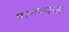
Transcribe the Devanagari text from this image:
परगण्याच्या